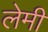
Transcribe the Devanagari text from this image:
लेमी